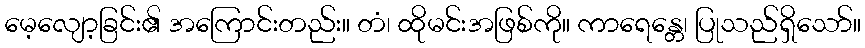
မေ့လျော့ခြင်း၏ အကြောင်းတည်း။ တံ၊ ထိုမင်းအဖြစ်ကို။ ကာရေန္တေ၊ ပြုသည်ရှိသော်။